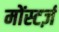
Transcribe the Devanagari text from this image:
मोंस्टर्ज़